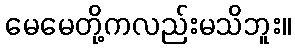
မေမေတို့ကလည်းမသိဘူး။